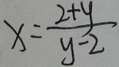
x = \frac { 2 + y } { y - 2 }